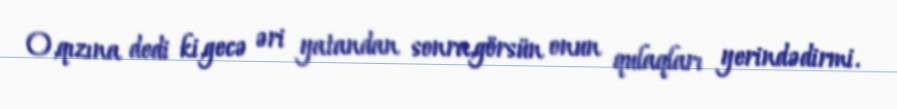
O,qızına dedi ki,gecə əri yatandan sonra,görsün onun qulaqları yerindədirmi.